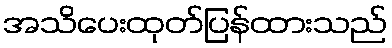
အသိပေးထုတ်ပြန်ထားသည်